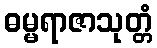
ဓမ္မရာဇာသုတ္တံ